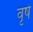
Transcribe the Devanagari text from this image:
वृषे